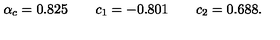
\alpha _ { c } = 0 . 8 2 5 \quad \quad c _ { 1 } = - 0 . 8 0 1 \quad \quad c _ { 2 } = 0 . 6 8 8 .